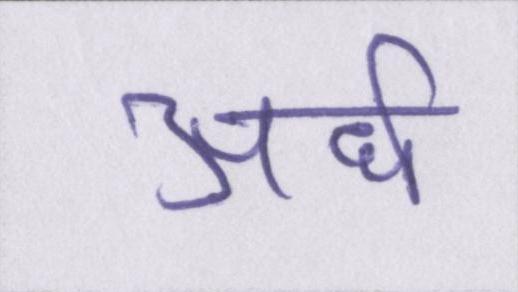
अर्ध